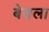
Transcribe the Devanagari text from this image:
बेयला